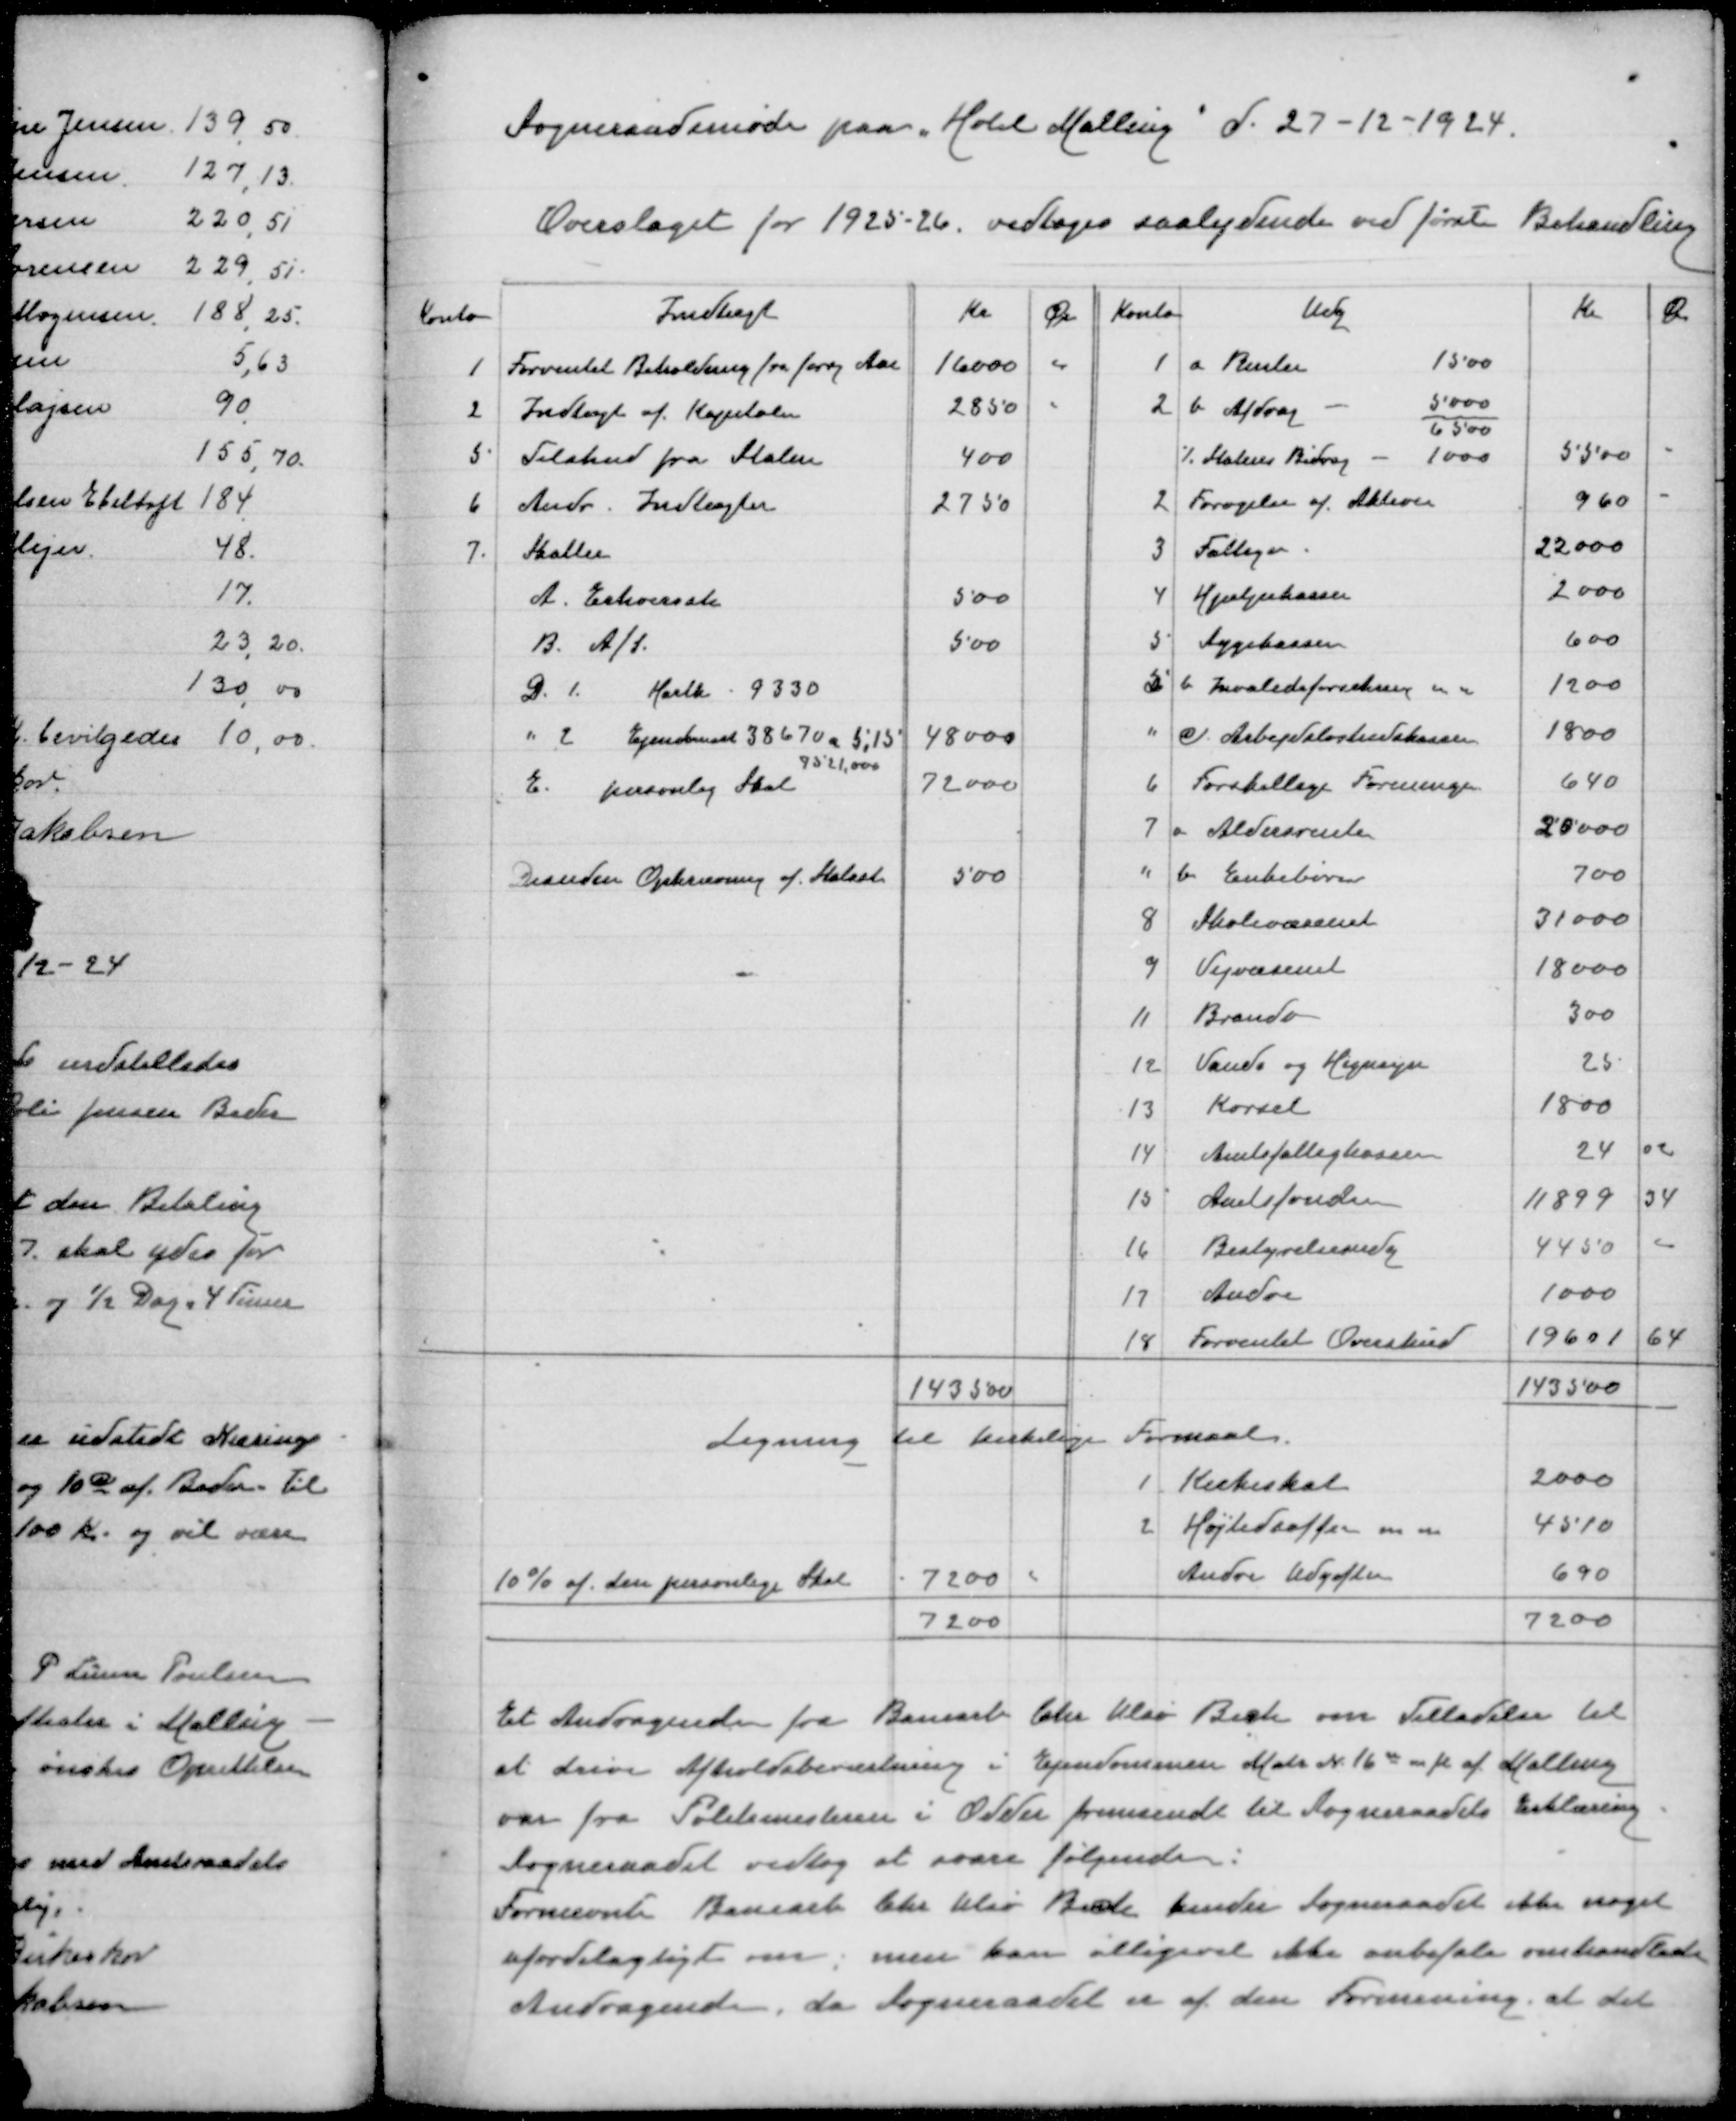
Transskription:
Sogneraadsmøde paa Hotel Mallingd 27-12-1924

Overslaget for 1925-26vedtoges saalydende ved første Behandling

Et Andragende fra Banearb Chr Ulsø Bech om Tilladelse til
at drive Afholdsbeværtning i Ejendommen Matr N 16u m fl af Malling
var fra Politimesteren i Odder fremsendt til Sogneraadets Erklæring
Sogneraadet vedtog at svare følgende:
Førnævnte Banearb Chr Ulsø Bech kender Sogneraadet ikke noget
ufordelagtigt om, men kan alligevel ikke anbefale omhandlede
Andragende da Sogneraadet er af den Formening at det